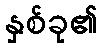
နှစ်ခု၏